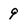
Character: 9